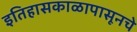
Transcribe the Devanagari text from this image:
इतिहासकाळापासूनचे